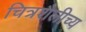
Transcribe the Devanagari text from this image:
चित्रशैलीच्य